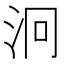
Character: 泂